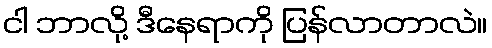
ငါ ဘာလို့ ဒီနေရာကို ပြန်လာတာလဲ။